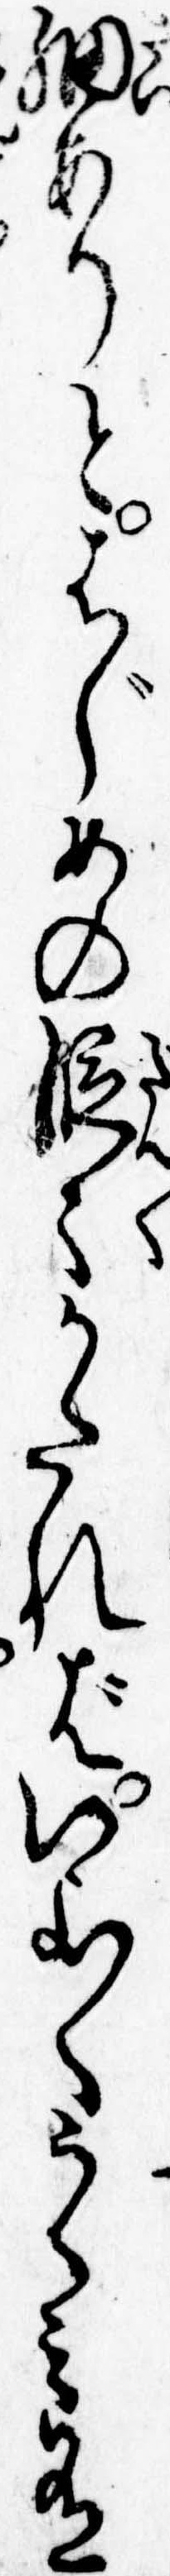
細ありとはじめの段々かたればいよ〱うらみ有